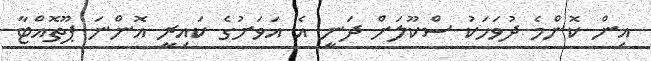
އިން ކޮންމެ ދުވަހަކު ސްކޫލަށް ދަނީ އެ އަވަށުގެ ކައިރީ އޮންނަ ޕޫތޮއްޓާ